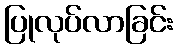
ပြုလုပ်လာခြင်း